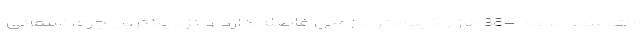
متوسط حدود 384 هزار کیلومتر با زمین فاصله دارد و نزدیکترین جرم آسمانی